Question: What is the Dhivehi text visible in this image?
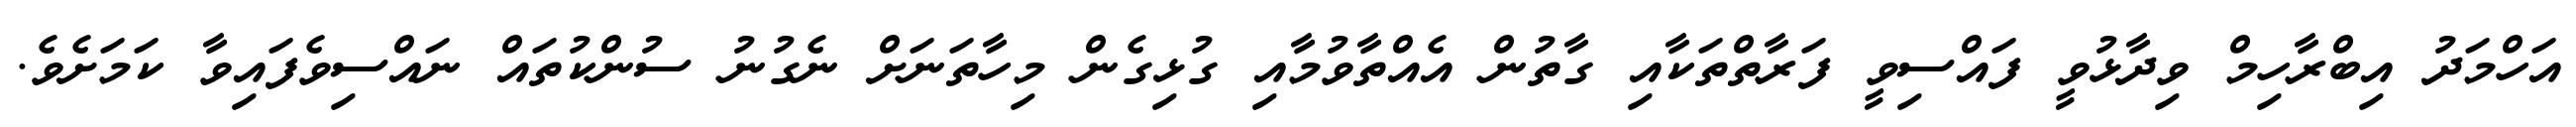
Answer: އަހްމަދު އިބްރާހިމް ވިދާޅުވީ ފައްސިވީ ފަރާތްތަކާއި ގާތުން އެއްތާވުމާއި ގުޅިގެން މިހާތަނަށް ނެގުނު ސުންކުތައް ނައްސިވެފައިވާ ކަމަށެވެ.